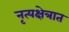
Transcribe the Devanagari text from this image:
नृत्यक्षेत्रात